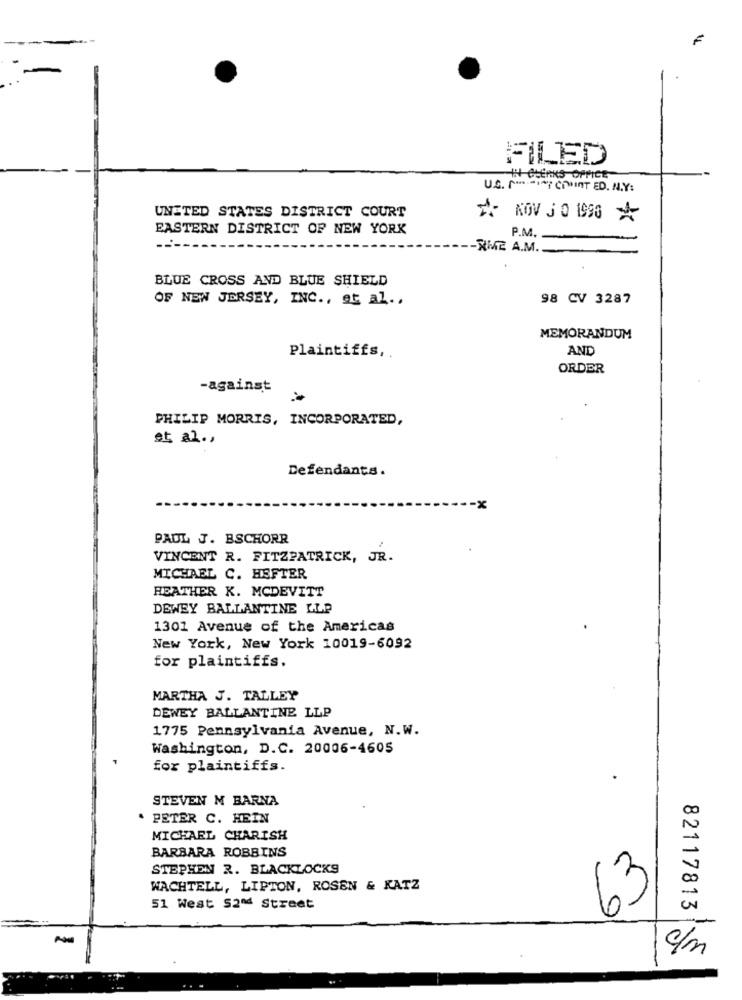
FILED
HI CLEANS OFFICE
U.S. P ······ CIMINT ED. N.Y:
UNITED STATES DISTRICT COURT
NOV J O 1990
EASTERN DISTRICT OF NEW YORK
P.M.
------
-THE A.M.
BLUE CROSS AND BLUE SHIELD
OF NEW JERSEY, INC ., et al .,
98 CV 3287
MEMORANDUM
Plaintiffs ,.
AND
ORDER
-against
PHILIP MORRIS, INCORPORATED,
et al .,
Defendants.
PAUL J. BSCHORR
VINCENT R. FITZPATRICK, JR.
MICHAEL C. HEFTER
HEATHER K. MCDEVITT
DEWEY BALLANTINE LLP
1301 Avenue of the Americas
New York, New York 10019-6092
for plaintiffs.
MARTHA J. TALLEY
DEWEY BALLANTINE LLP
1775 Pennsylvania Avenue, N.W.
Washington, D.C. 20006-4605
for plaintiffs.
STEVEN M BARNA
. PETER C. HEIN
MICHAEL CHARISH
BARBARA ROBBINS
STEPHEN 2. BLACKLOCKS
WACHTELL, LIPTON, ROSEN & KATZ
63
51 West 52ª4 Street
82117813